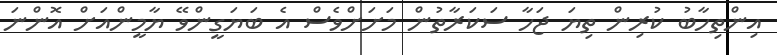
އިންތިހާބު ކުރިން ތިޔަ ޖަހާ ސަކަރާތުން މަށަށްވެސް އެ ބަޔަގީންވޭ ޔާމީންއަށް އޮންނަ